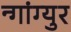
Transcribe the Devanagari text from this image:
न्गांग्युर